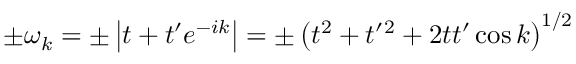
\pm \omega _ { k } = \pm \left| t + t ^ { \prime } e ^ { - i k } \right| = \pm \left( t ^ { 2 } + t ^ { \prime } { } ^ { 2 } + 2 t t ^ { \prime } \cos k \right) ^ { 1 / 2 }